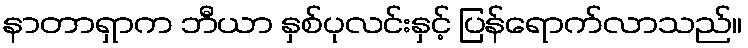
နာတာရှာက ဘီယာ နှစ်ပုလင်းနှင့် ပြန်ရောက်လာသည်။